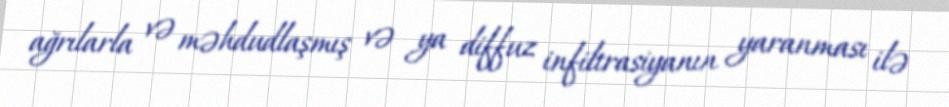
ağrılarla və məhdudlaşmış və ya diffuz infiltrasiyanın yaranması ilə